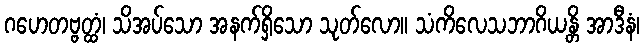
ဂဟေတဗ္ဗတ္ထံ၊ သိအပ်သော အနက်ရှိသော သုတ်လော။ သံကိလေသဘာဂိယန္တိ အာဒီနံ၊